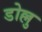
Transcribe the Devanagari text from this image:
डोल्लु